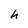
Character: h